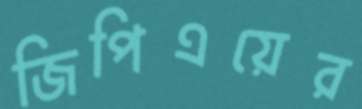
জিপিএয়ের